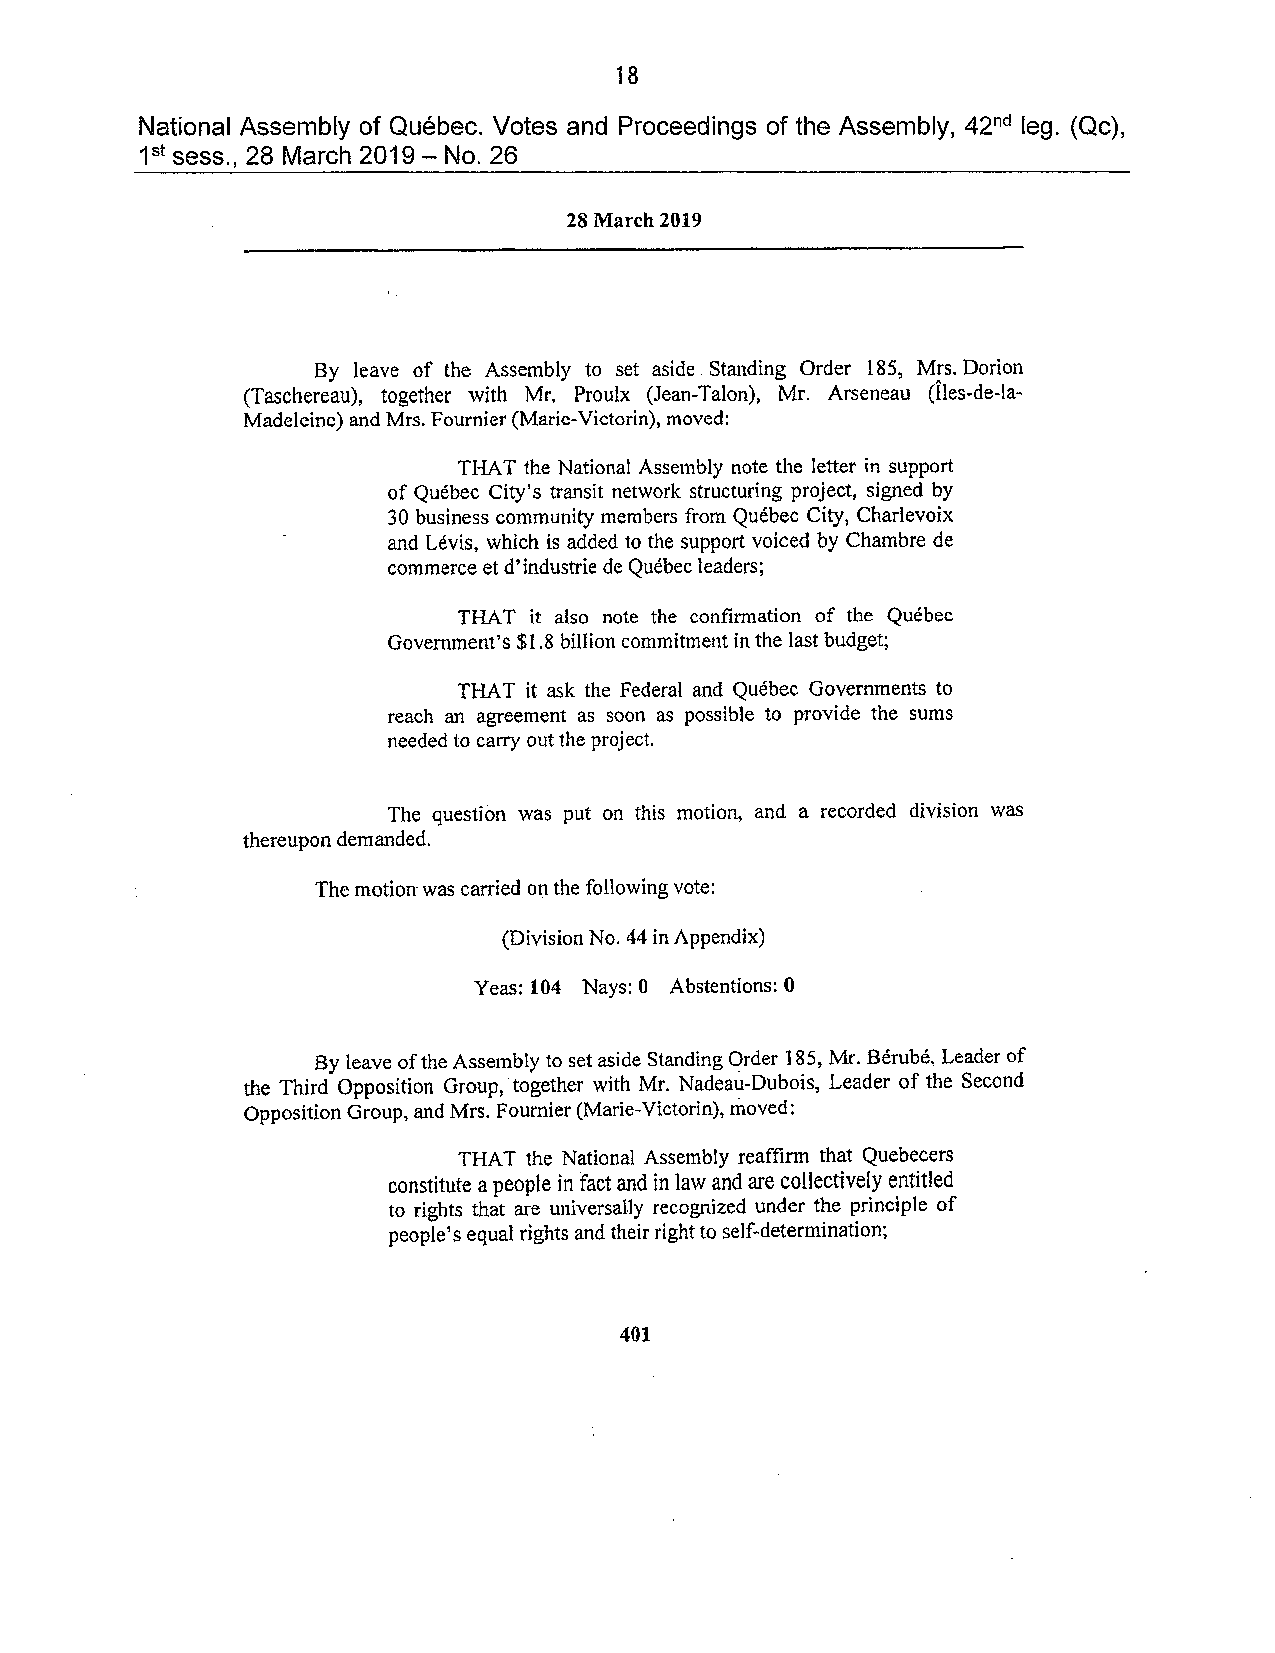
18
 National Assembly of Québec. Votes and Proceedings of the Assembly, 42nd leg. (Qc),
 1st sess., 28 March 2019 - No. 26
 28 March 2019
 By leave of the Assembly to set aside Standing Order 185, Mrs. Dorion
 (Taschereau), together with Mr. Proulx (Jean-Talon), Mr. Arseneau (Îles-de-la
 Madeleine) and Mrs. Fournier (Marie-Victorin), moved:
 THAT the National Assembly note the letter in support
 of Québec City's transit network structuring project, signed by
 30 business community members from Québec City, Charlevoix
 and Lévis, which is added to the support voiced by Chambre de
 commerce et d'industrie de Québec leaders;
 THAT it al 50 note the confirmation of the Québec
 Govemment's $1.8 billion commitment in the last budget;
 THAT it ask the Federal and Québec Govemments to
 reach an agreement as 50 on as possible to provide the sums
 needed to carry out the project.
 The question was put on this motion, and a recorded division was
 thereupon demanded.
 The motion was carried on the following vote:
 (Division No. 44 in Appendix)
 Yeas: 104 Nays: 0 Abstentions: 0
 By leave of the Assembly to set aside Standing Order 185, ML Bérubé, Leader of
 the Third Opposition Group, together with Mr. Nadeaù-Dubois, Leader of the Second
 Opposition Group, and Mrs. Fournier (Marie-Victorin), moved:
 THAT the National Assembly reaffirm that Quebecers
 constitute a people in fact and in law and are collectively entitled
 to rights that are universally recognized under the principle of
 people's equal rights and their right ta self-determination:
 401